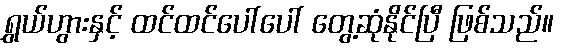
ရွှယ်ဟွားနှင့် ထင်ထင်ပေါ်ပေါ် တွေ့ဆုံနိုင်ပြီ ဖြစ်သည်။